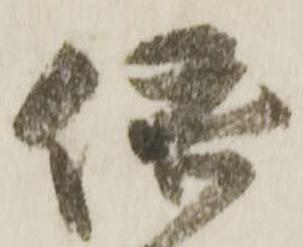
依